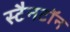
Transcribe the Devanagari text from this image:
स्टैनटॉन